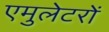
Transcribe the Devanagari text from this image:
एमुलेटरों